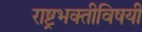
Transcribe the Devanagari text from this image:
राष्ट्रभक्तीविषयी